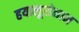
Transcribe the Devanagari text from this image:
हयालूरोनान